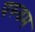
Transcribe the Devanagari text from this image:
परुवम